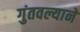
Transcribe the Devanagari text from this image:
गुंतवल्याने